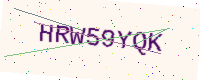
Text: HRW59YQK